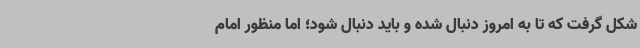
شکل گرفت که تا به امروز دنبال شده و باید دنبال شود؛ اما منظور امام